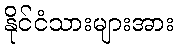
နိုင်ငံသားများအား